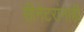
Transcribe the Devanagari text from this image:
सीनेटरांनाही